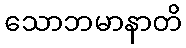
သောဘမာနာတိ